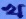
খ